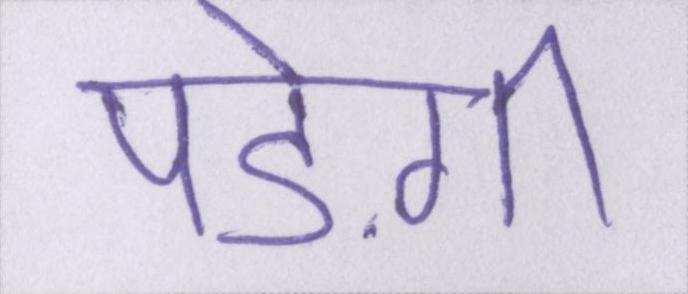
पड़ेगी